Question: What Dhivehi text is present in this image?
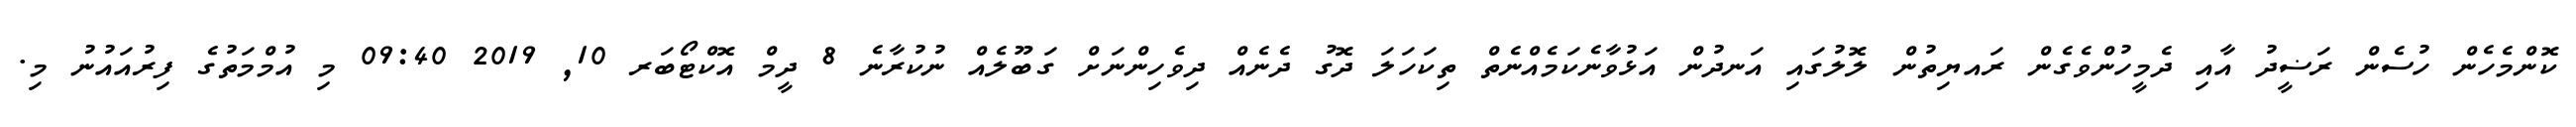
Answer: ކޮންމެހެން ހުސެން ރަޟީދު އާއި ދެމީހުންވެގެން ރައޔިތުން ލޮލުގައި އަނދުން އަޅުވާނެކަމެއްނެތް ތިކަހަލަ ދޮގު ދެނެއް ދިވެހިންނަށް ގަބޫލެއް ނުކުރާނެ 8 ދީމް އޮކްޓޯބަރ 10, 2019 09:40 މި އުމްމަތުގެ ފިރުއައުނު މި.